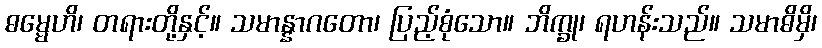
ဓမ္မေဟိ၊ တရားတို့နှင့်။ သမာန္နာဂတော၊ ပြည့်စုံသော။ ဘိက္ခု၊ ရဟန်းသည်။ သမာဓိမှိ၊